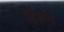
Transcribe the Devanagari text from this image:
हिंसेने